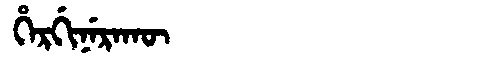
Manchu: ᡥᡝᡵᡤᡳᠨᡝᡵᠠᡴᡡ
Romanization: HERGINERAKŪ